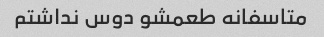
متاسفانه طعمشو دوس نداشتم